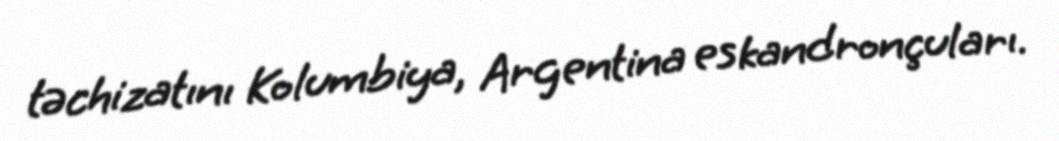
təchizatını Kolumbiya, Argentina eskandronçuları.